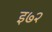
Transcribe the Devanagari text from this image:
इ७२